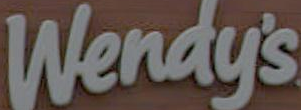
Wendy's